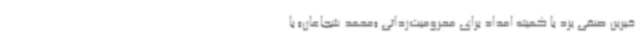
خیرین صنفی یزد با کمیته امداد برای محرومیت‌زدائی «محمد شجاعان» با